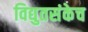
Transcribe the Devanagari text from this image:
विद्युतसंकेच